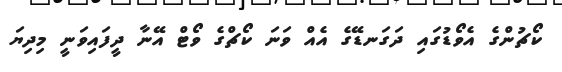
ކޯޗުންގެ އެވޯޑުގައި ދަގަނޑޭގެ އެއް ވަނަ ކޯޗްގެ ވޯޓް އޭނާ ދީފައިވަނީ މިދިޔަ